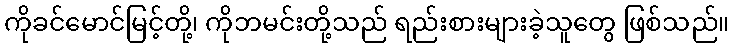
ကိုခင်မောင်မြင့်တို့၊ ကိုဘမင်းတို့သည် ရည်းစားများခဲ့သူတွေ ဖြစ်သည်။